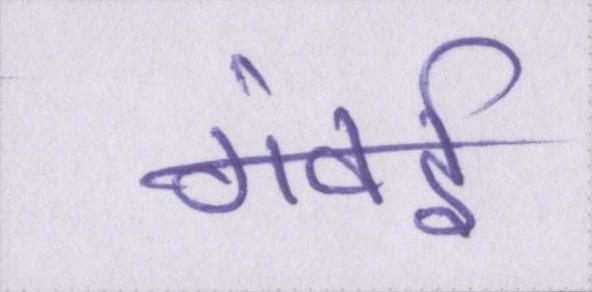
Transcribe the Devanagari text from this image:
गंवई